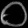
Digit: ၀